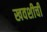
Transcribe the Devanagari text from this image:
खवशीची